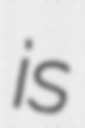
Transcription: is